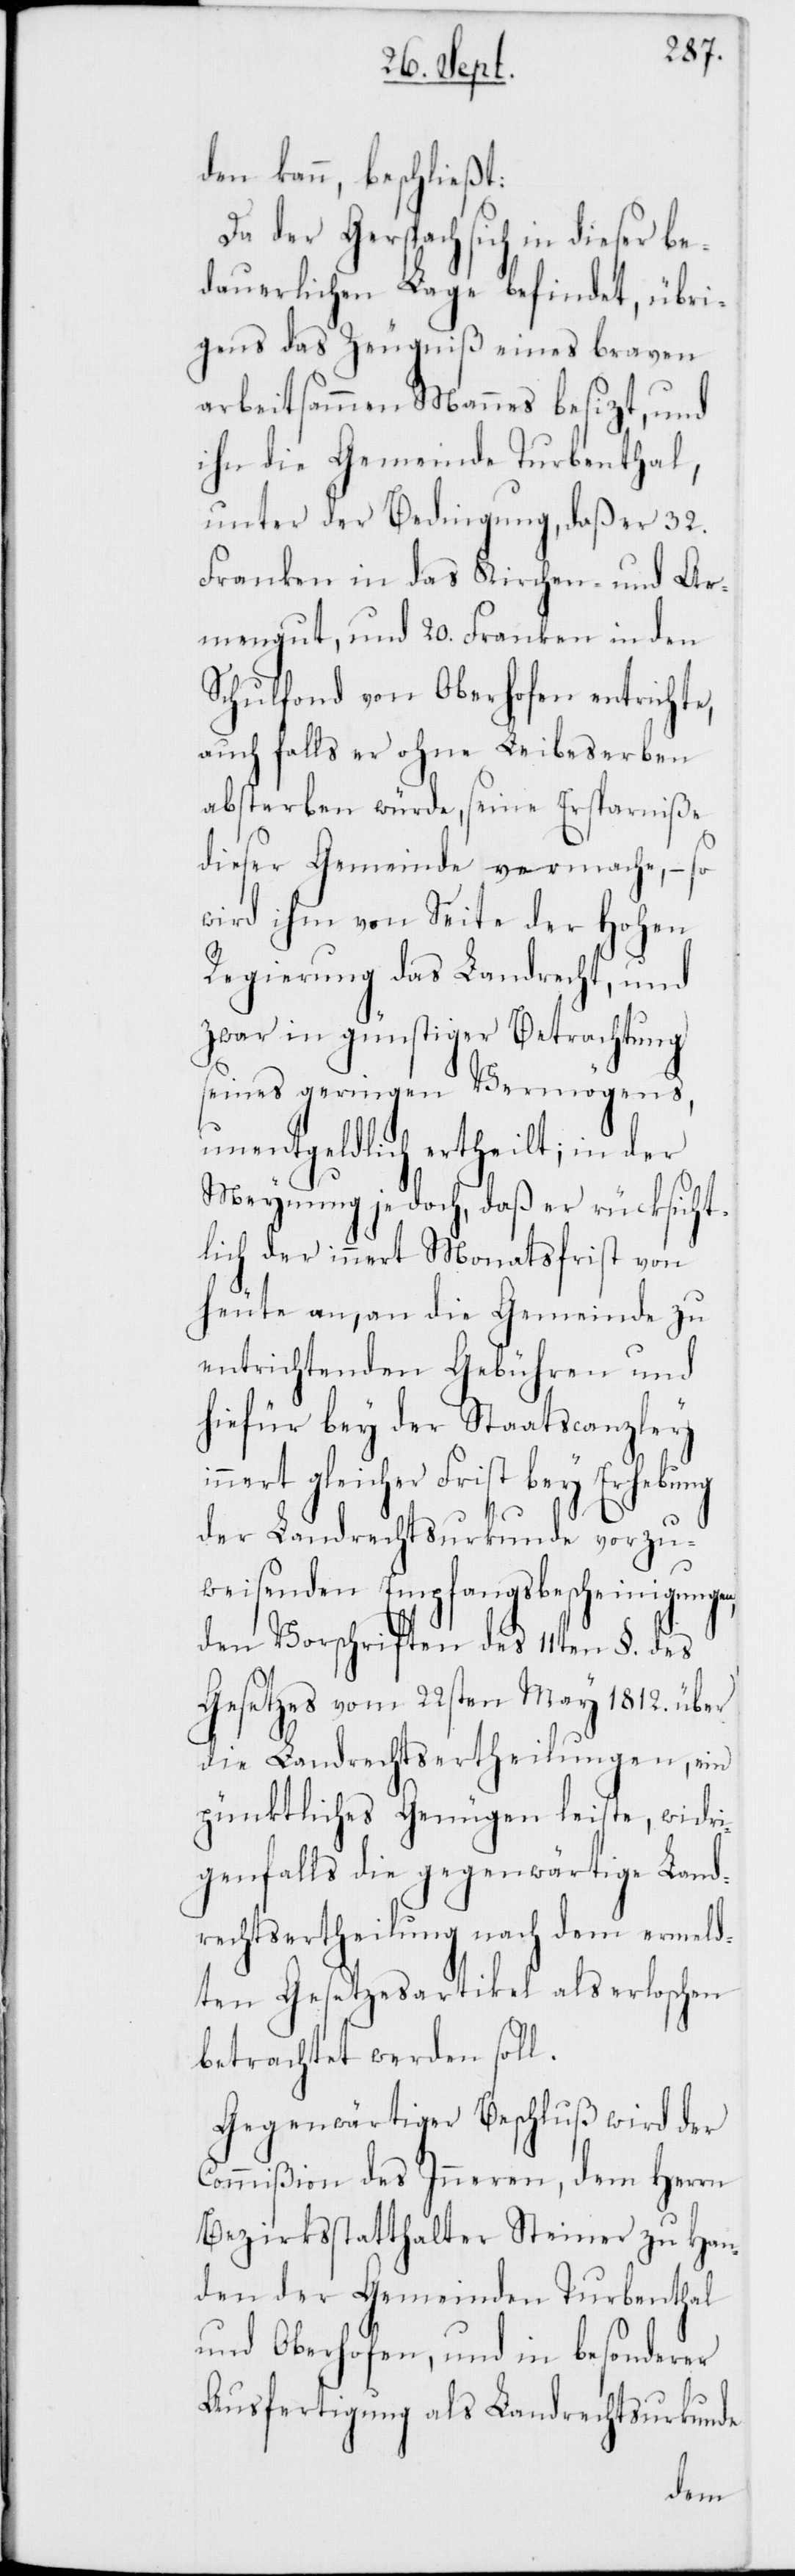
den kann, beschließt:
Da der Gerspach sich in dieser be¬
dauerlichen Lage befindet, übri¬
gens das Zeugniß eines braven
arbeitsammen Mannes besizt, und
ihn die Gemeinde Turbenthal,
unter der Bedingung, daß er 32.
Franken in das Kirchen- und Ar¬
mengut, und 20. Franken in den
Schulfonds von Oberhofen entrichte,
auch falls er ohne Leibeserben
absterben würde, seine Ersparniße
dieser Gemeinde vermache, – so
wird ihm von Seite der Hohen
Regierung das Landrecht, und
zwar in günstiger Betrachtung
seines geringen Vermögens,
unentgeldlich ertheilt; in der
Meynung jedoch, daß er rücksicht¬
lich der innert Monatsfrist von
heute an, an die Gemeinde zu
entrichtenden Gebühren und
hiefür bey der Staatscanzley
nert gleicher Frist bey Erhebung
der Landrechtsurkunde vorzu¬
weisenden Empfangsbescheinigung¬
den Vorschriften des 11ten §. des
Gesetzes vom 22sten May 1812. über
die Landrechtsertheilungen, ein
pünktliches Genügen leiste, widri¬
genfalls die gegenwärtige Land¬
rechtsertheilung nach dem ermeld¬
ten Gesetzesartikel als erloschen
betrachtet werden soll.
Gegenwärtiger Beschluß wird der
Commißion des Inneren, dem Herrn
Bezirksstatthalter Steiner zu Han¬
den der Gemeinden Turbenthal
und Oberhofen, und in besonderer
Ausfertigung als Landrechtsurkunde
en,